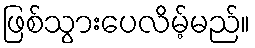
ဖြစ်သွားပေလိမ့်မည်။